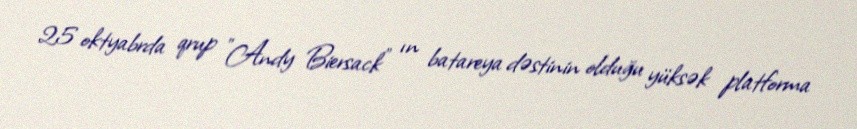
25 oktyabrda qrup "Andy Biersack" ın batareya dəstinin olduğu yüksək platforma